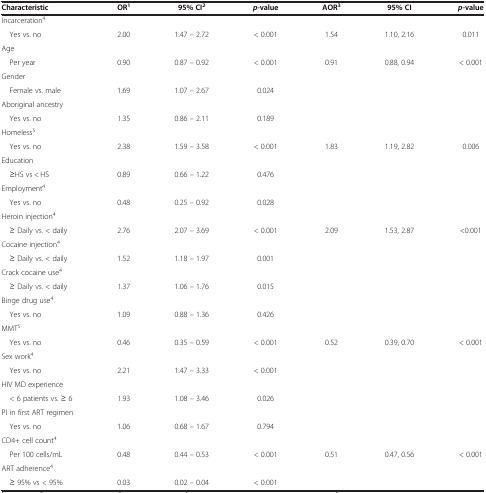
<table><thead><tr><td><b>Characteristic</b></td><td><b>OR<sup>1</sup></b></td><td><b>95% CI<sup>2</sup></b></td><td><b><i>p</i>-value</b></td><td><b>AOR<sup>3</sup></b></td><td><b>95% CI</b></td><td><b><i>p</i>-value</b></td></tr></thead><tbody><tr><td>Incarceration<sup>4</sup></td><td> </td><td> </td><td> </td><td> </td><td> </td><td> </td></tr><tr><td> Yes vs. no</td><td>2.00</td><td>1.47 – 2.72</td><td>&lt; 0.001</td><td>1.54</td><td>1.10, 2.16</td><td>0.011</td></tr><tr><td>Age</td><td> </td><td> </td><td> </td><td> </td><td> </td><td> </td></tr><tr><td> Per year</td><td>0.90</td><td>0.87 – 0.92</td><td>&lt; 0.001</td><td>0.91</td><td>0.88, 0.94</td><td>&lt; 0.001</td></tr><tr><td>Gender</td><td> </td><td> </td><td> </td><td> </td><td> </td><td> </td></tr><tr><td> Female vs. male</td><td>1.69</td><td>1.07 – 2.67</td><td>0.024</td><td> </td><td> </td><td> </td></tr><tr><td>Aboriginal ancestry</td><td> </td><td> </td><td> </td><td> </td><td> </td><td> </td></tr><tr><td> Yes vs. no</td><td>1.35</td><td>0.86 – 2.11</td><td>0.189</td><td> </td><td> </td><td> </td></tr><tr><td>Homeless<sup>5</sup></td><td> </td><td> </td><td> </td><td> </td><td> </td><td> </td></tr><tr><td> Yes vs. no</td><td>2.38</td><td>1.59 – 3.58</td><td>&lt; 0.001</td><td>1.83</td><td>1.19, 2.82</td><td>0.006</td></tr><tr><td>Education</td><td> </td><td> </td><td> </td><td> </td><td> </td><td> </td></tr><tr><td> ≥HS vs &lt; HS</td><td>0.89</td><td>0.66 – 1.22</td><td>0.476</td><td> </td><td> </td><td> </td></tr><tr><td>Employment<sup>4</sup></td><td> </td><td> </td><td> </td><td> </td><td> </td><td> </td></tr><tr><td> Yes vs. no</td><td>0.48</td><td>0.25 – 0.92</td><td>0.028</td><td> </td><td> </td><td> </td></tr><tr><td>Heroin injection<sup>4</sup></td><td> </td><td> </td><td> </td><td> </td><td> </td><td> </td></tr><tr><td> ≥ Daily vs. &lt; daily</td><td>2.76</td><td>2.07 – 3.69</td><td>&lt; 0.001</td><td>2.09</td><td>1.53, 2.87</td><td>&lt;0.001</td></tr><tr><td>Cocaine injection<sup>4</sup></td><td> </td><td> </td><td> </td><td> </td><td> </td><td> </td></tr><tr><td> ≥ Daily vs. &lt; daily</td><td>1.52</td><td>1.18 – 1.97</td><td>0.001</td><td> </td><td> </td><td> </td></tr><tr><td>Crack cocaine use<sup>4</sup></td><td> </td><td> </td><td> </td><td> </td><td> </td><td> </td></tr><tr><td> ≥ Daily vs. &lt; daily</td><td>1.37</td><td>1.06 – 1.76</td><td>0.015</td><td> </td><td> </td><td> </td></tr><tr><td>Binge drug use<sup>4</sup></td><td> </td><td> </td><td> </td><td> </td><td> </td><td> </td></tr><tr><td> Yes vs. no</td><td>1.09</td><td>0.88 – 1.36</td><td>0.426</td><td> </td><td> </td><td> </td></tr><tr><td>MMT<sup>5</sup></td><td> </td><td> </td><td> </td><td> </td><td> </td><td> </td></tr><tr><td> Yes vs. no</td><td>0.46</td><td>0.35 – 0.59</td><td>&lt; 0.001</td><td>0.52</td><td>0.39, 0.70</td><td>&lt; 0.001</td></tr><tr><td>Sex work<sup>4</sup></td><td> </td><td> </td><td> </td><td> </td><td> </td><td> </td></tr><tr><td> Yes vs. no</td><td>2.21</td><td>1.47 – 3.33</td><td>&lt; 0.001</td><td> </td><td> </td><td> </td></tr><tr><td>HIV MD experience</td><td> </td><td> </td><td> </td><td> </td><td> </td><td> </td></tr><tr><td> &lt; 6 patients vs. ≥ 6</td><td>1.93</td><td>1.08 – 3.46</td><td>0.026</td><td> </td><td> </td><td> </td></tr><tr><td>PI in first ART regimen</td><td> </td><td> </td><td> </td><td> </td><td> </td><td> </td></tr><tr><td> Yes vs. no</td><td>1.06</td><td>0.68 – 1.67</td><td>0.794</td><td> </td><td> </td><td> </td></tr><tr><td>CD4+ cell count<sup>4</sup></td><td> </td><td> </td><td> </td><td> </td><td> </td><td> </td></tr><tr><td> Per 100 cells/mL</td><td>0.48</td><td>0.44 – 0.53</td><td>&lt; 0.001</td><td>0.51</td><td>0.47, 0.56</td><td>&lt; 0.001</td></tr><tr><td>ART adherence<sup>4</sup></td><td> </td><td> </td><td> </td><td> </td><td> </td><td> </td></tr><tr><td> ≥ 95% vs &lt; 95%</td><td>0.03</td><td>0.02 – 0.04</td><td>&lt; 0.001</td><td> </td><td> </td><td> </td></tr></tbody></table>